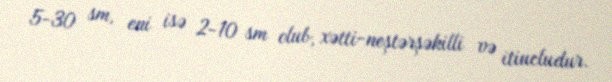
5-30 sm, eni isə 2-10 sm olub, xətti-neştərşəkilli və itiucludur.